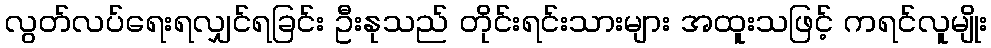
လွတ်လပ်ရေးရလျှင်ရခြင်း ဦးနုသည် တိုင်းရင်းသားများ အထူးသဖြင့် ကရင်လူမျိုး